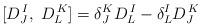
LaTeX: \begin{align*} [D^{\,I}_J,\;D^{\,K}_L] = \delta^K_J D^{\,I}_L -\delta^I_L D^{\,K}_J\end{align*}